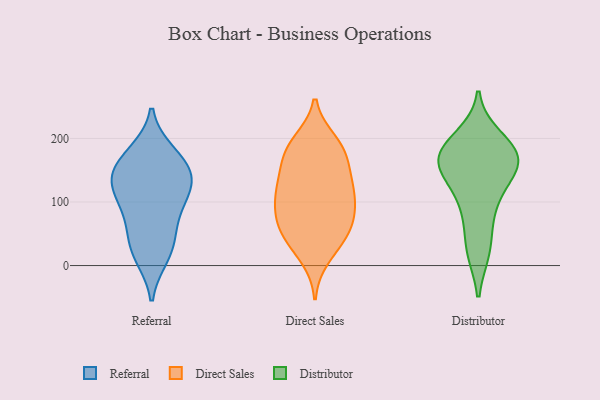
{"axis": {"x": "Demand Index", "y": "Value"}, "legend": ["Direct Sales", "Distributor", "Referral"], "data": [{"x": "", "y": 134, "type": "Referral"}, {"x": "", "y": 177, "type": "Referral"}, {"x": "", "y": 40, "type": "Referral"}, {"x": "", "y": 111, "type": "Referral"}, {"x": "", "y": 139, "type": "Referral"}, {"x": "", "y": 171, "type": "Referral"}, {"x": "", "y": 85, "type": "Referral"}, {"x": "", "y": 15, "type": "Referral"}, {"x": "", "y": 116, "type": "Referral"}, {"x": "", "y": 22, "type": "Referral"}, {"x": "", "y": 136, "type": "Referral"}, {"x": "", "y": 69, "type": "Referral"}, {"x": "", "y": 158, "type": "Referral"}, {"x": "", "y": 149, "type": "Direct Sales"}, {"x": "", "y": 110, "type": "Direct Sales"}, {"x": "", "y": 182, "type": "Direct Sales"}, {"x": "", "y": 36, "type": "Direct Sales"}, {"x": "", "y": 135, "type": "Direct Sales"}, {"x": "", "y": 110, "type": "Direct Sales"}, {"x": "", "y": 60, "type": "Direct Sales"}, {"x": "", "y": 13, "type": "Direct Sales"}, {"x": "", "y": 68, "type": "Direct Sales"}, {"x": "", "y": 189, "type": "Direct Sales"}, {"x": "", "y": 195, "type": "Direct Sales"}, {"x": "", "y": 112, "type": "Direct Sales"}, {"x": "", "y": 60, "type": "Direct Sales"}, {"x": "", "y": 75, "type": "Direct Sales"}, {"x": "", "y": 121, "type": "Direct Sales"}, {"x": "", "y": 183, "type": "Direct Sales"}, {"x": "", "y": 90, "type": "Direct Sales"}, {"x": "", "y": 40, "type": "Direct Sales"}, {"x": "", "y": 161, "type": "Direct Sales"}, {"x": "", "y": 163, "type": "Distributor"}, {"x": "", "y": 91, "type": "Distributor"}, {"x": "", "y": 25, "type": "Distributor"}, {"x": "", "y": 167, "type": "Distributor"}, {"x": "", "y": 200, "type": "Distributor"}, {"x": "", "y": 169, "type": "Distributor"}, {"x": "", "y": 26, "type": "Distributor"}, {"x": "", "y": 185, "type": "Distributor"}, {"x": "", "y": 90, "type": "Distributor"}, {"x": "", "y": 178, "type": "Distributor"}, {"x": "", "y": 137, "type": "Distributor"}, {"x": "", "y": 141, "type": "Distributor"}, {"x": "", "y": 167, "type": "Distributor"}]}